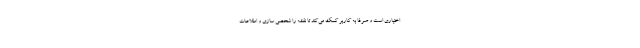
اختیاری است و صرفا به کاربر کمک می‌کند تا نقشه را شخصی سازی و اطلاعات